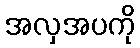
အလှအပကို